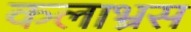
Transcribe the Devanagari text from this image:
कलाभ्रस